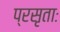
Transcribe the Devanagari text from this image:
प्रसृताः